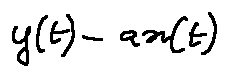
y ( t ) - a x ( t )